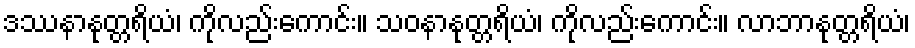
ဒဿနာနုတ္တရိယံ၊ ကိုလည်းကောင်း။ သဝနာနုတ္တရိယံ၊ ကိုလည်းကောင်း။ လာဘာနုတ္တရိယံ၊